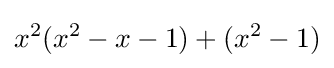
x^{2}(x^{2}-x-1)+(x^{2}-1)